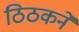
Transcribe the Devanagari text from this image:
ठिठकने